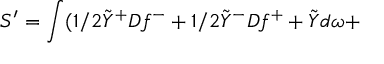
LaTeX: S ^ { \prime } = \int ( 1 / 2 \tilde { Y } ^ { + } { \cal D } f ^ { - } + 1 / 2 \tilde { Y } ^ { - } { \cal D } f ^ { + } + \tilde { Y } d \omega +